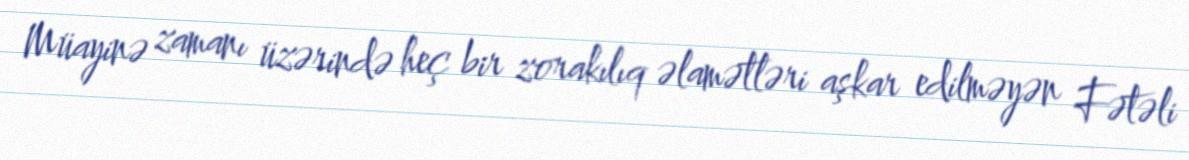
Müayinə zamanı üzərində heç bir zorakılıq əlamətləri aşkar edilməyən Fətəli